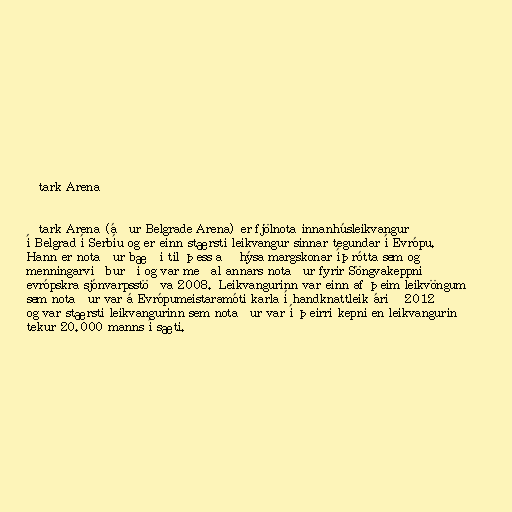
Štark Arena

Štark Arena (áður Belgrade Arena) er fjölnota innanhúsleikvangur
í Belgrad í Serbíu og er einn stærsti leikvangur sinnar tegundar í Evrópu.
Hann er notaður bæði til þess að hýsa margskonar íþrótta sem og
menningarviðburði og var meðal annars notaður fyrir Söngvakeppni
evrópskra sjónvarpsstöðva 2008. Leikvangurinn var einn af þeim leikvöngum
sem notaður var á Evrópumeistaramóti karla í handknattleik árið 2012
og var stærsti leikvangurinn sem notaður var í þeirri kepni en leikvangurin
tekur 20.000 manns í sæti.